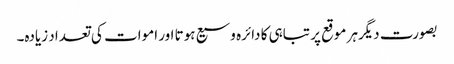
بصورت دیگرہر موقع پر تباہی کا دائرہ وسیع ہوتا اور اموات کی تعداد زیادہ۔